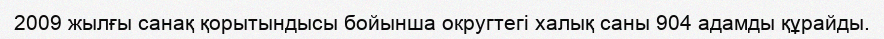
2009 жылғы санақ қорытындысы бойынша округтегі халық саны 904 адамды құрайды.